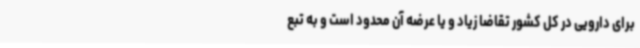
برای دارویی در کل کشور تقاضا زیاد و یا عرضه آن محدود است و به تبع